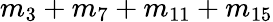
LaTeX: m_{3}+m_{7}+m_{11}+m_{15}